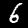
Digit: 6